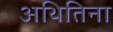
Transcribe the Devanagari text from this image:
अथितिना